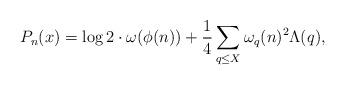
LaTeX: \begin{align*} P_n(x) = \log 2 \cdot \omega(\phi(n)) + \frac{1}{4} \sum_{q \leq X} \omega_q(n)^2 \Lambda(q),\end{align*}